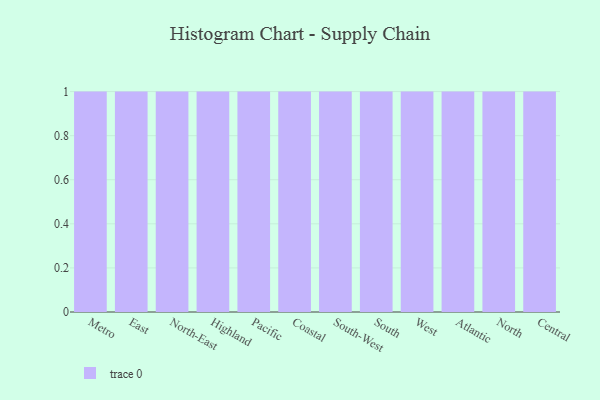
{"axis": {"x": "Region", "y": "Customer Acquisition Cost (USD)"}, "legend": [""], "data": [{"x": "Metro", "y": 7, "type": ""}, {"x": "East", "y": 31, "type": ""}, {"x": "North-East", "y": 68, "type": ""}, {"x": "Highland", "y": 28, "type": ""}, {"x": "Pacific", "y": 37, "type": ""}, {"x": "Coastal", "y": 44, "type": ""}, {"x": "South-West", "y": 3, "type": ""}, {"x": "South", "y": 16, "type": ""}, {"x": "West", "y": 19, "type": ""}, {"x": "Atlantic", "y": 27, "type": ""}, {"x": "North", "y": 12, "type": ""}, {"x": "Central", "y": 65, "type": ""}]}